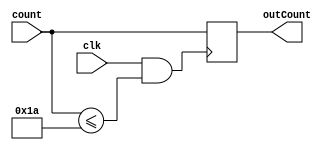
module ProgramCounter(
	input clk,
	input [5:0] count,
	output reg [5:0] outCount
	);
	
	initial begin
		outCount = 0;
	end

	always @(posedge clk && count <= 26) 
	begin
		outCount = count;
	end

endmodule